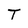
Character: T